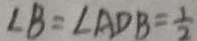
\angle B = \angle A D B = \frac { 1 } { 2 }